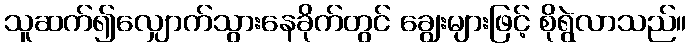
သူဆက်၍လျှောက်သွားနေခိုက်တွင် ချွေးများဖြင့် စိုရွဲလာသည်။